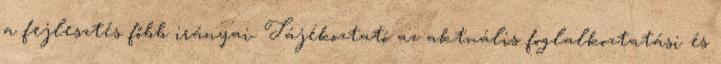
a fejlesztés főbb irányai. Tájékoztató az aktuális foglalkoztatási és